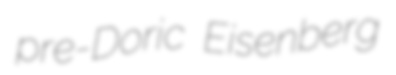
pre-Doric Eisenberg